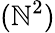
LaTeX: (\mathbb{N}^{2})